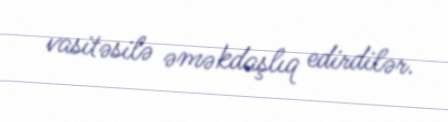
vasitəsilə əməkdaşlıq edirdilər.